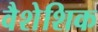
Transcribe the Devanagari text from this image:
वैशेशिक